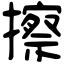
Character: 擦